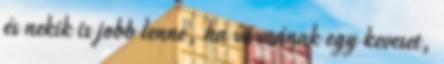
és nekik is jobb lenne, ha várnának egy keveset,